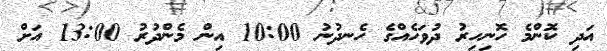
އަދި ކޮންމެ ހޮނިހިރު ދުވަހެއްގެ ހެނދުނު 10:00 އިން މެންދުރު 13:00 އަށް